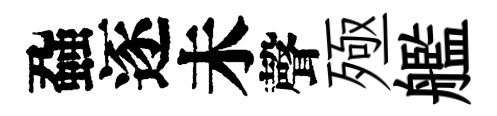
蝨逐未聲殛艦